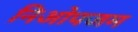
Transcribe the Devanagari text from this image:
निओपजम